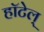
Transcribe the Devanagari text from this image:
हॉटेल्